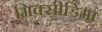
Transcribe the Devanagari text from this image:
मिक्सीडिमा